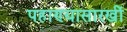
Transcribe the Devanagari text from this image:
पहाण्यासारखीं